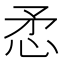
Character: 𢘅